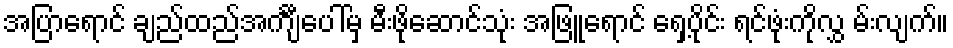
အပြာရောင် ချည်ထည်အင်္ကျီပေါ်မှ မီးဖိုဆောင်သုံး အဖြူရောင် ရှေ့ပိုင်း ရင်ဖုံးကိုလွှ မ်းလျက်။